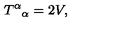
T ^ { \alpha } { } _ { \alpha } = 2 V ,